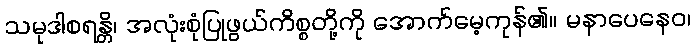
သမုဒါစရန္တိ၊ အလုံးစုံပြုဖွယ်ကိစ္စတို့ကို အောက်မေ့ကုန်၏။ မနာပေနေဝ၊